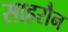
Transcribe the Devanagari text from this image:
साहरौन